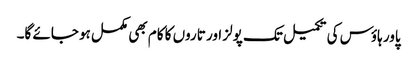
پاور ہاؤس کی تکمیل تک پولز اور تاروں کا کام بھی مکمل ہو جائے گا۔